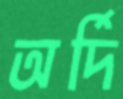
অর্দি